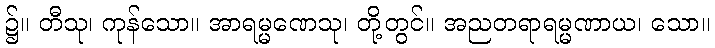
၌။ တီသု၊ ကုန်သော။ အာရမ္မဏေသု၊ တို့တွင်။ အညတရာရမ္မဏာယ၊ သော။